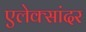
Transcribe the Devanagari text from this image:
एलेक्सांदर